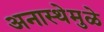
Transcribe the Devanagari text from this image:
अनास्थेमुळे